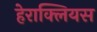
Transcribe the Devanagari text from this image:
हेराक्लियस